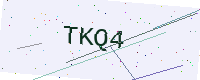
Text: TKQ4